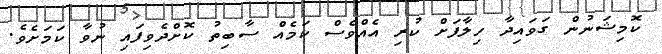
ކޮމިޝަނުން ގަވައިދާ ހިލާފަށް ކުރި އެއްވެސް ކަމެއް ސާބިތު ކޮށްދެވިފައި ނުވާ ކަމަށެވެ.